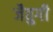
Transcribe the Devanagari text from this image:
जैतुगी